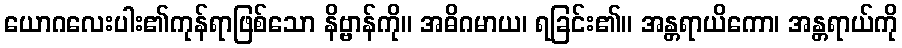
ယောဂလေးပါး၏ကုန်ရာဖြစ်သော နိဗ္ဗာန်ကို။ အဓိဂမာယ၊ ရခြင်း၏။ အန္တရာယိကော၊ အန္တရာယ်ကို